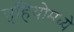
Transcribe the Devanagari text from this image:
त्रुहियोमध्ये